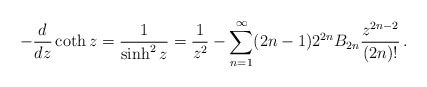
\begin{align*}-\frac{d}{dz} \coth z = \frac{1}{\sinh^2 z} = \frac{1}{z^2} - \sum_{n=1}^\infty (2n-1) 2^{2n} B_{2n} \frac{z^{2n-2}}{(2n)!}\,.\end{align*}